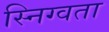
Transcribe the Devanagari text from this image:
स्निग्वता